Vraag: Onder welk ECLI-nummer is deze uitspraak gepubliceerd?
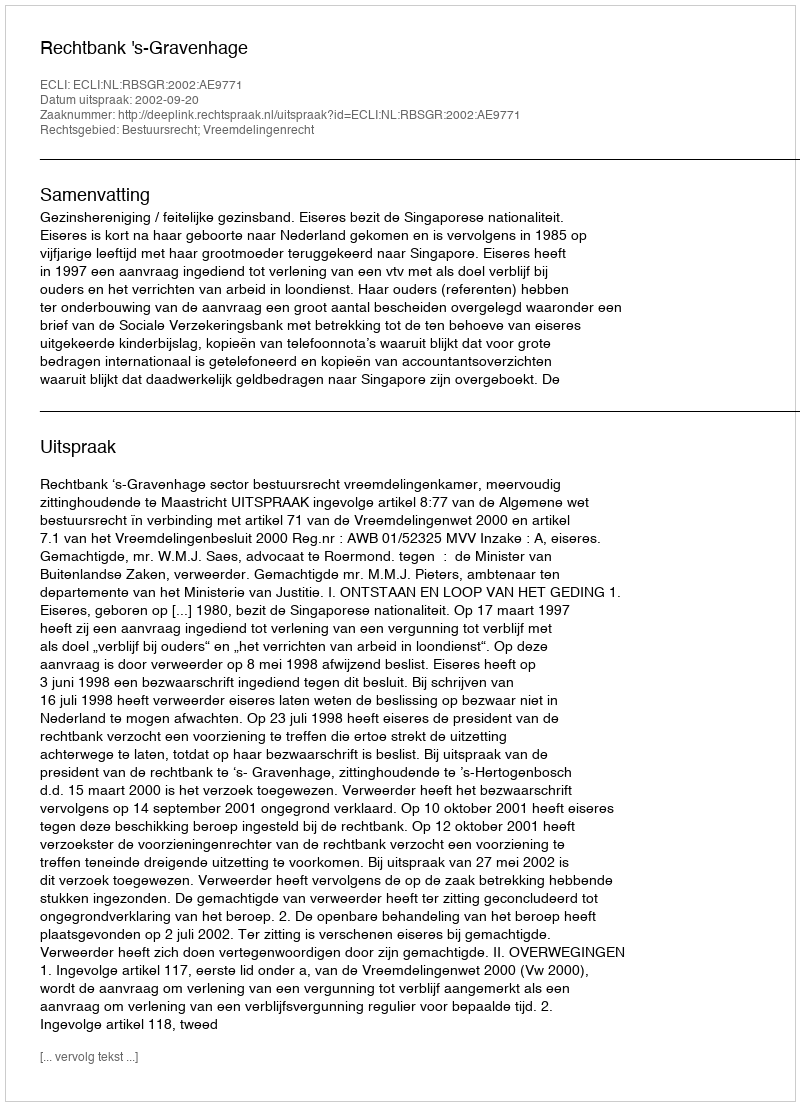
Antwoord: ECLI:NL:RBSGR:2002:AE9771